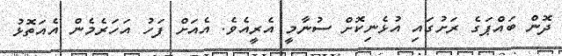
ދޮން ބައްޕަގެ ރަށުގައި އުޅެނިކޮށް ސުނާމީ އެރީއެވެ. އެއަށް ފަހު އަހަރެމެން އެއަތޮޅު